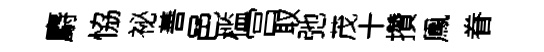
麝恊祕善邑槛宫取弛茂十攢鳯眷